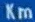
km